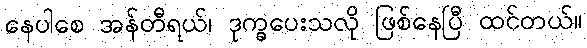
နေပါစေ အန်တီရယ်၊ ဒုက္ခပေးသလို ဖြစ်နေပြီ ထင်တယ်။